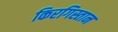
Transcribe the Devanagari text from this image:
किरगिस्तान